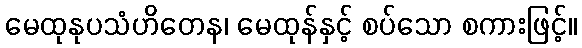
မေထုနုပသံဟိတေန၊ မေထုန်နှင့် စပ်သော စကားဖြင့်။